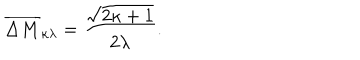
LaTeX: \overline { { { \Delta M } } } _ { \kappa \lambda } = \frac { \sqrt { 2 \kappa + 1 } } { 2 \lambda } .